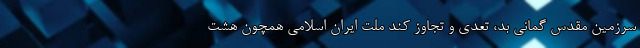
سرزمین مقدس گمانی بد، تعدی و تجاوز کند ملت ایران اسلامی همچون هشت